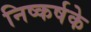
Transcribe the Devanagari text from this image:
निष्कर्षके